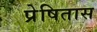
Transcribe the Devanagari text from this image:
प्रेषितास